Indian journal of veterinary science and animal husbandry - Volumes 22-23, 1952-1953
Year: 1952
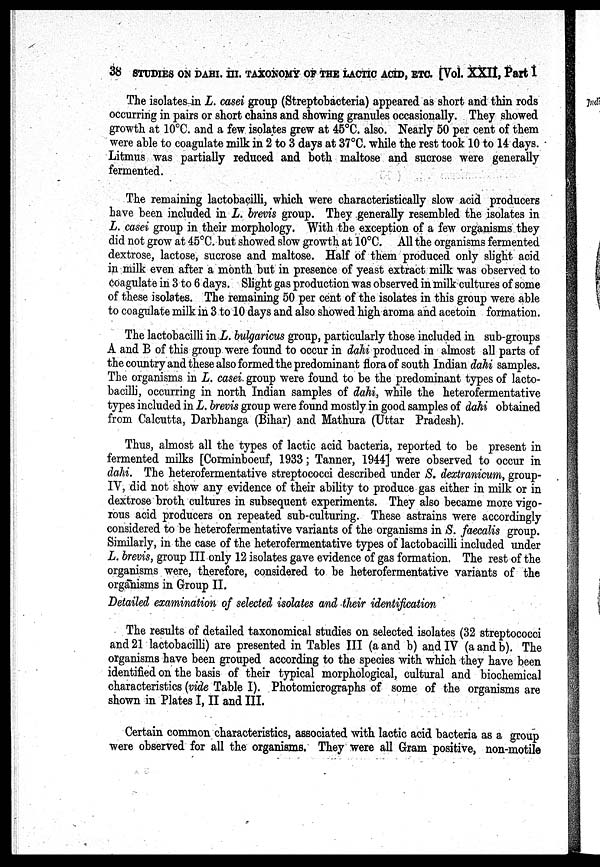
38 STUDIES ON DAHI. III. TAXONOMY OF THE LACTIC ACID, ETC. [Vol. XXlI, Part I
The isolates-in L. casei group (Streptobacteria) appeared as short and thin rods
occurring in pairs or short chains and showing granules occasionally. They showed
growth at 10°C. and a few isolates grew at 45°C. also. Nearly 50 per cent of them
were able to coagulate milk in 2 to 3 days at 37°C. while the rest took 10 to 14 days.
Litmus was partially reduced and both maltose and sucrose were generally
fermented.
The remaining lactobacilli, which were characteristically slow acid producers
have been included in L. brevis group. They generally resembled the isolates in
L. casei group in their morphology. With the exception of a few organisms they
did not grow at 45°C. but showed slow growth at 10°C. All the organisms fermented
dextrose, lactose, sucrose and maltose. Half of them produced only slight acid
in milk even after a month but in presence of yeast extract milk was observed to
coagulate in 3 to 6 days. Slight gas production was observed in milk cultures of some
of these isolates. The remaining 50 per cent of the isolates in this group were able
to coagulate milk in 3 to 10 days and also showed high aroma and acetoin formation.
The lactobacilli in L. bulgaricus group, particularly those included in sub-groups
A and B of this group were found to occur in dahi produced in almost all parts of
the country and these also formed the predominant flora of south Indian dahi samples.
The organisms in L. casei group were found to be the predominant types of lacto-
bacilli, occurring in north Indian samples of dahi, while the heterofermentative
types included in L. brevis group were found mostly in good samples of dahi obtained
from Calcutta, Darbhanga (Bihar) and Mathura (Uttar Pradesh).
Thus, almost all the types of lactic acid bacteria, reported to be present in
fermented milks [Corminboeuf, 1933; Tanner, 1944] were observed to occur in
dahi. The heterofermentative streptococci described under S. dextranicum, group-
IV, did not show any evidence of their ability to produce gas either in milk or in
dextrose broth cultures in subsequent experiments. They also became more vigo-
rous acid producers on repeated sub-culturing. These astrains were accordingly
considered to be heterofermentative variants of the organisms in S. faecalis group.
Similarly, in the case of the heterofermentative types of lactobacilli included under
L. brevis, group III only 12 isolates gave evidence of gas formation. The rest of the
organisms were, therefore, considered to be heterofermentative variants of the
organisms in Group II.
Detailed examination of selected isolates and their identification
The results of detailed taxonomical studies on selected isolates (32 streptococci
and 21 lactobacilli) are presented in Tables III (a and b) and IV (a and b). The
organisms have been grouped according to the species with which they have been
identified on the basis of their typical morphological, cultural and biochemical
characteristics (vide Table I). Photomicrographs of some of the organisms are
shown in Plates I, II and III.
Certain common characteristics, associated with lactic acid bacteria as a group
were observed for all the organisms. They were all Gram positive, non-motile